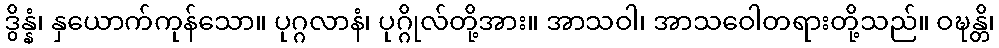
ဒွိန္နံ၊ နှယောက်ကုန်သော။ ပုဂ္ဂလာနံ၊ ပုဂ္ဂိုလ်တို့အား။ အာသဝါ၊ အာသဝေါတရားတို့သည်။ ဝဍ္ဎန္တိ၊